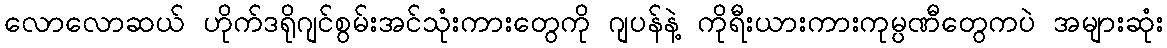
လောလောဆယ် ဟိုက်ဒရိုဂျင်စွမ်းအင်သုံးကားတွေကို ဂျပန်နဲ့ ကိုရီးယားကားကုမ္ပဏီတွေကပဲ အများဆုံး